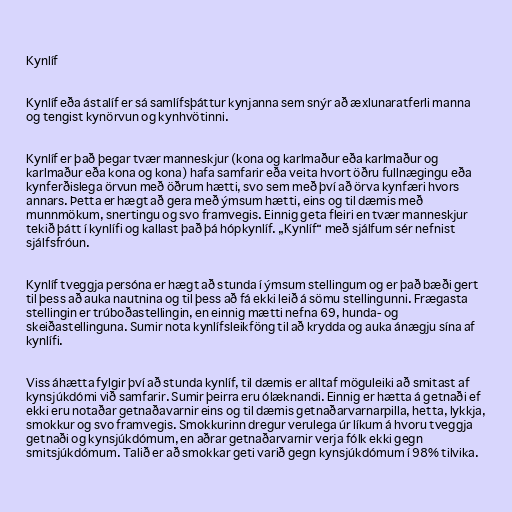
Kynlíf

Kynlíf eða ástalíf er sá samlífsþáttur kynjanna sem snýr að æxlunaratferli manna
og tengist kynörvun og kynhvötinni.

Kynlíf er það þegar tvær manneskjur (kona og karlmaður eða karlmaður og
karlmaður eða kona og kona) hafa samfarir eða veita hvort öðru fullnægingu eða
kynferðislega örvun með öðrum hætti, svo sem með því að örva kynfæri hvors
annars. Þetta er hægt að gera með ýmsum hætti, eins og til dæmis með
munnmökum, snertingu og svo framvegis. Einnig geta fleiri en tvær manneskjur
tekið þátt í kynlífi og kallast það þá hópkynlíf. „Kynlíf“ með sjálfum sér nefnist
sjálfsfróun.

Kynlíf tveggja persóna er hægt að stunda í ýmsum stellingum og er það bæði gert
til þess að auka nautnina og til þess að fá ekki leið á sömu stellingunni. Frægasta
stellingin er trúboðastellingin, en einnig mætti nefna 69, hunda- og
skeiðastellinguna. Sumir nota kynlífsleikföng til að krydda og auka ánægju sína af
kynlífi.

Viss áhætta fylgir því að stunda kynlíf, til dæmis er alltaf möguleiki að smitast af
kynsjúkdómi við samfarir. Sumir þeirra eru ólæknandi. Einnig er hætta á getnaði ef
ekki eru notaðar getnaðavarnir eins og til dæmis getnaðarvarnarpilla, hetta, lykkja,
smokkur og svo framvegis. Smokkurinn dregur verulega úr líkum á hvoru tveggja
getnaði og kynsjúkdómum, en aðrar getnaðarvarnir verja fólk ekki gegn
smitsjúkdómum. Talið er að smokkar geti varið gegn kynsjúkdómum í 98% tilvika.